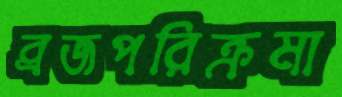
ব্রজপরিক্রমা